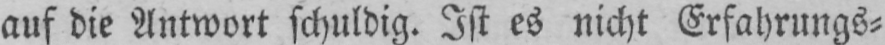
auf die Antwort schuldig. Ist es nicht Erfahrungs⸗